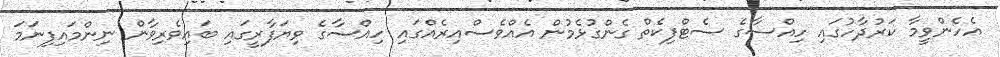
އެހެންވީމާ ކަރުދާހުގައި ހިއްސާގެ ސެޓްފިކެތް ގެންގުޅެމުން އެއްވެސްއިރެއްގައި ހިއްސާގެ ވިޔަފާރީގައި ބައިވެރިވާން ނިންމައިފިނަމަ